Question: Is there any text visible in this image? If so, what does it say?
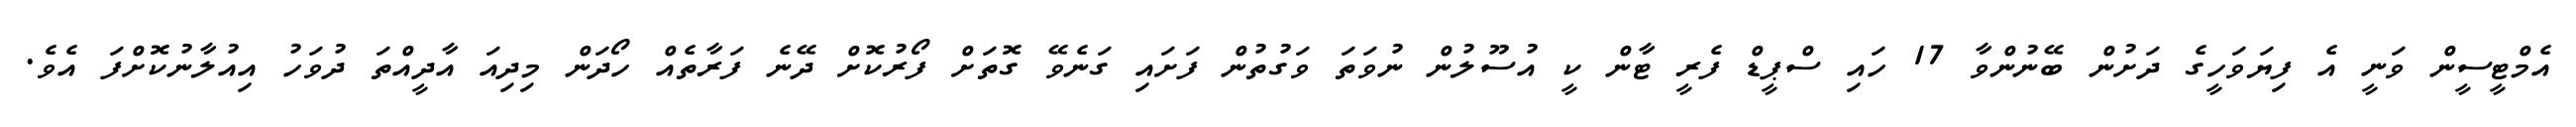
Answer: އެމްޓީސީން ވަނީ އެ ފިޔަވަހީގެ ދަށުން ބޭނުންވާ 17 ހައި ސްޕީޑް ފެރީ ޓާން ކީ އުސޫލުން ނުވަތަ ވަގުތުން ފަށައި ގަނެވޭ ގޮތަށް ފޯރުކޮށް ދޭނެ ފަރާތެއް ހޯދަން މިދިއަ އާދީއްތަ ދުވަހު އިއުލާނުކޮށްފަ އެވެ.